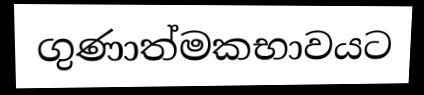
ගුණාත්මකභාවයට